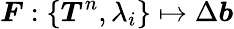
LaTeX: \boldsymbol{F}:\{ \boldsymbol{T}^{n},\lambda_{i}\} \mapsto\Delta\boldsymbol{b}